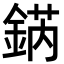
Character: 𨧨